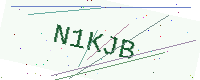
Text: N1KJB